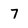
Character: 7